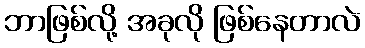
ဘာဖြစ်လို့ အခုလို ဖြစ်နေတာလဲ